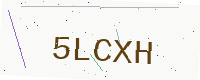
Text: 5LCXH